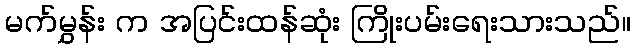
မက်မွှန်း က အပြင်းထန်ဆုံး ကြိုးပမ်းရေးသားသည်။